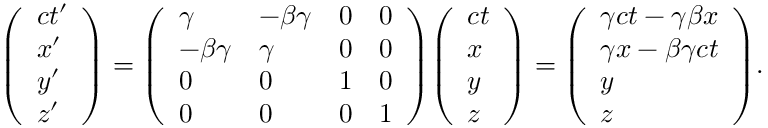
{ \left( \begin{array} { l } { c t ^ { \prime } } \\ { x ^ { \prime } } \\ { y ^ { \prime } } \\ { z ^ { \prime } } \end{array} \right) } = { \left( \begin{array} { l l l l } { \gamma } & { - \beta \gamma } & { 0 } & { 0 } \\ { - \beta \gamma } & { \gamma } & { 0 } & { 0 } \\ { 0 } & { 0 } & { 1 } & { 0 } \\ { 0 } & { 0 } & { 0 } & { 1 } \end{array} \right) } { \left( \begin{array} { l } { c t } \\ { x } \\ { y } \\ { z } \end{array} \right) } = { \left( \begin{array} { l } { \gamma c t - \gamma \beta x } \\ { \gamma x - \beta \gamma c t } \\ { y } \\ { z } \end{array} \right) } .